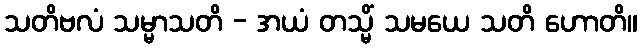
သတိဗလံ သမ္မာသတိ - အယံ တသ္မိံ သမယေ သတိ ဟောတိ။